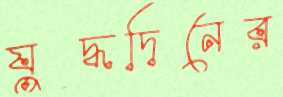
যুদ্ধদিনের